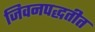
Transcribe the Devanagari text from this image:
जिवनपद्धतीत